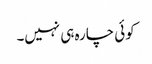
کوئی چارہ ہی نہیں۔